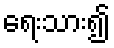
ရေးသား၍